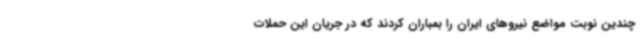
چندین نوبت مواضع نیروهای ایران را بمباران کردند که در جریان این حملات